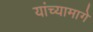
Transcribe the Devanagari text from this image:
यांच्यामागे